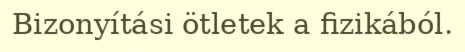
Bizonyítási ötletek a fizikából.